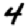
Digit: 4